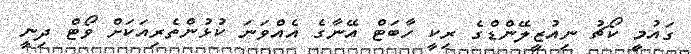
ގައުމީ ކޯޗު ނިއުޒީލޭންޑްގެ ރިކީ ހާބަޓް އޭނާގެ އެއްވަނަ ކުޅުންތެރިއަކަށް ވޯޓް ދިނީ